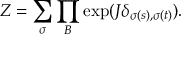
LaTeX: Z = \sum _ { \sigma } \prod _ { B } \exp ( J \delta _ { \sigma ( s ) , \sigma ( t ) } ) .